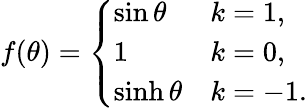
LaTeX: f(\theta)=\left\{ \begin{array}{ll}{{\sin\theta}}&{{k=1,}}\\ {{1}}&{{k=0,}}\\ {{\sinh\theta}}&{{k=-1.}}\end{array}\right.